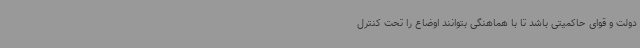
دولت و قوای حاکمیتی باشد تا با هماهنگی بتوانند اوضاع را تحت کنترل